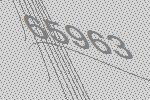
65963